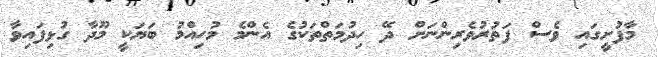
މާފުށީގައި ވެސް ފަތުރުވެރިންނަށް ދޭ ހިދުމަތްތަކުގެ އެންމެ މުހިއްމު ބަޔަކީ މޫދާ ގުޅިފައިވާ